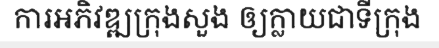
ការអភិវឌ្ឍក្រុងសួង ឲ្យក្លាយជាទីក្រុង